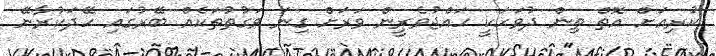
ކުރިއަށް އޮތް ތިން ދުވަހަކީ ހައްޖުވެރީން ވަރަށް ގިނަ ވަގުތުތަކެއް ބޭރުގައި ހޭދަކުރާނޭ